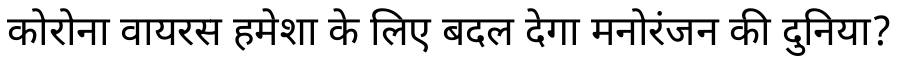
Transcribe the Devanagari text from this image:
कोरोना वायरस हमेशा के लिए बदल देगा मनोरंजन की दुनिया?